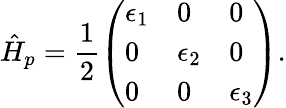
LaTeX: \hat{H}_{p}=\frac{1}{2}\left(\begin{array}{lll}{\epsilon_{1}}&{0}&{0}\\ {0}&{\epsilon_{2}}&{0}\\ {0}&{0}&{\epsilon_{3}}\end{array}\right).